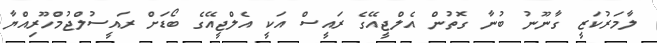
ލާމަރުކަޒީ ގާނޫނު ބުނާ ގޮތުން އެލްޖީއޭގެ ރައީސް އަކީ އެލްޖީއޭގެ ބޯޑަށް ރައީސުލްޖުމްހޫރިއްޔާ